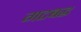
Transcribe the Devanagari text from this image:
गटबद्ध